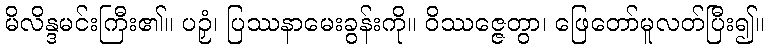
မိလိန္ဒမင်းကြီး၏။ ပဉှံ၊ ပြဿနာမေးခွန်းကို။ ဝိဿဇ္ဇေတွာ၊ ဖြေတော်မူလတ်ပြီး၍။